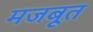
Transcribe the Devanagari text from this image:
मजबूूत